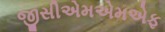
જીસીએમએમએફ